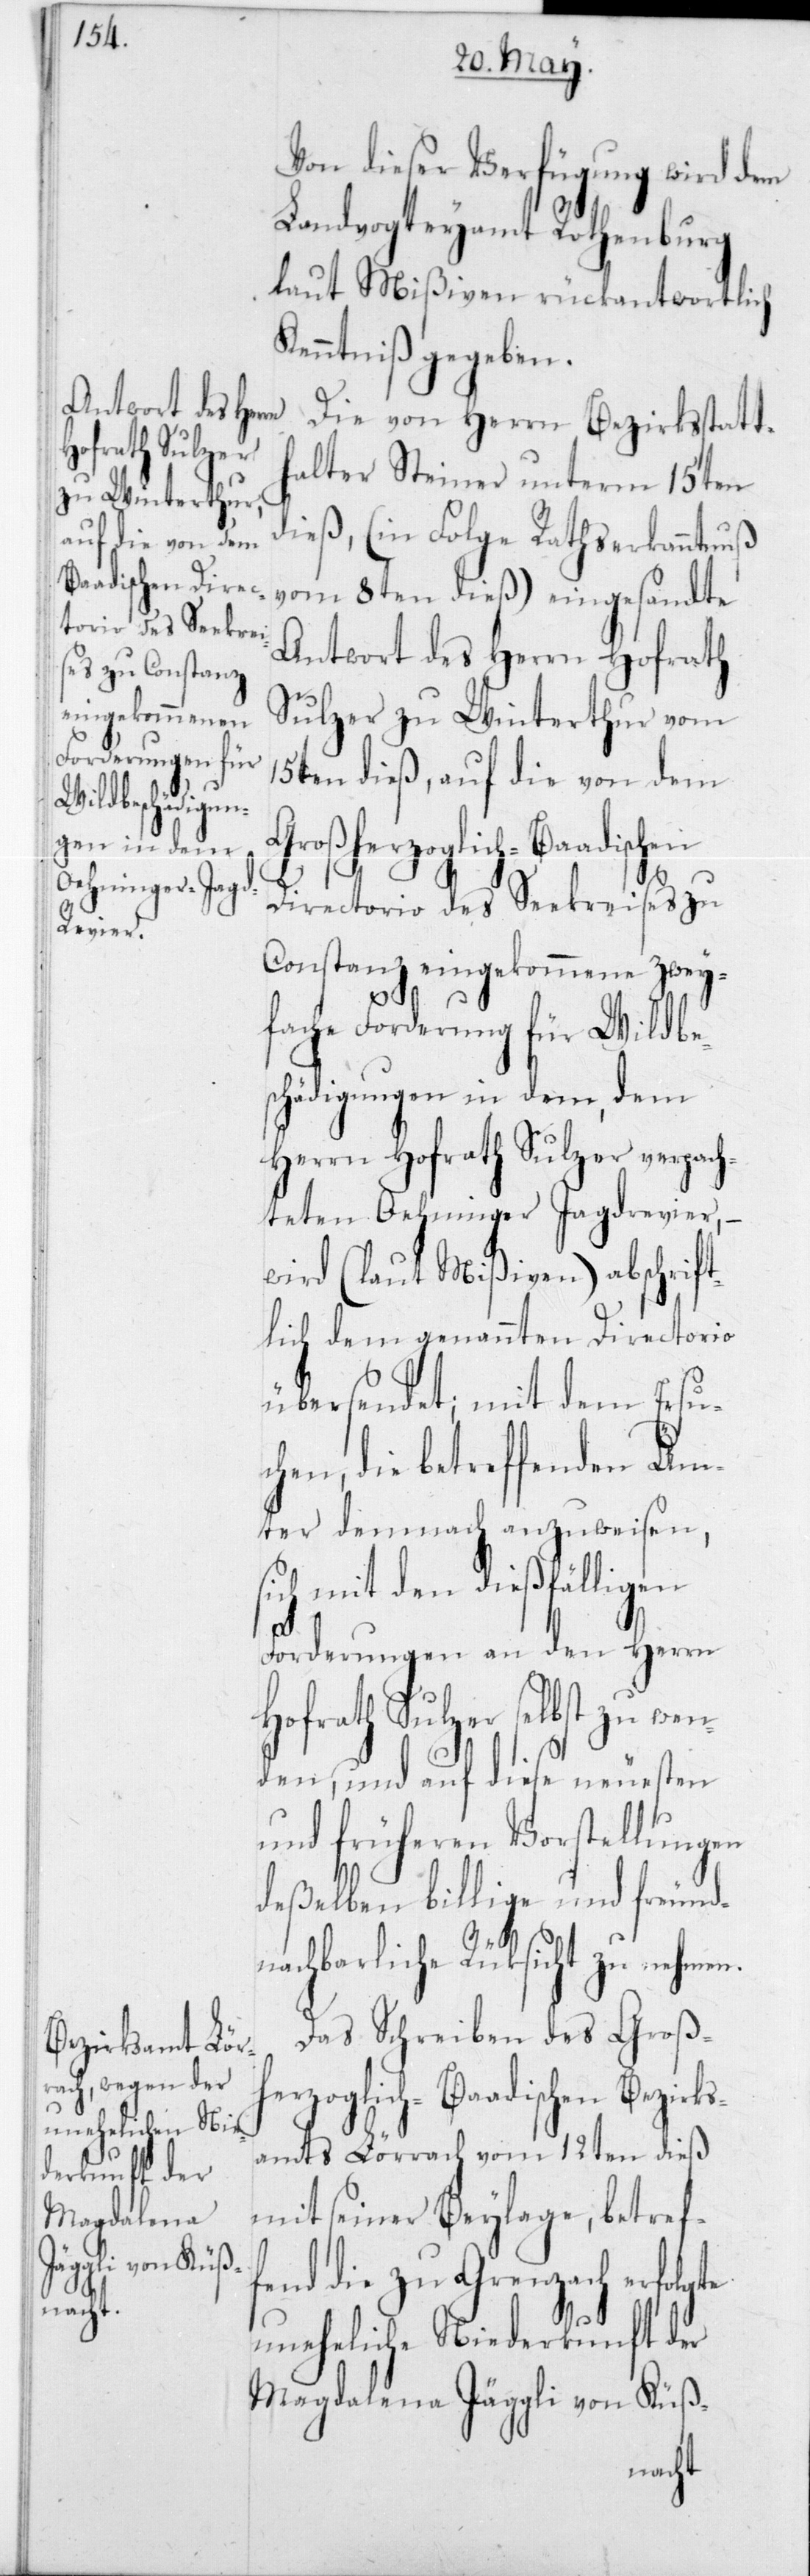
Von dieser Verfügung wird dem
Landvogteyamt Rothenburg
laut Mißiven rückantwortlich
Kenntniß gegeben.
Die von Herrn Bezirksstatt¬
halter Steiner unterm 15ten
dieß (in Folge Rathserkanntnuß
vom 8ten dieß) eingesandte
Antwort des Herrn Hofrath
Sulzer zu Winterthur vom
15ten dieß, auf die von dem
Großherzoglich-Baadischen
Directorio des Seekreises zu
Constanz eingekommene zwey¬
fache Forderung für Wildbe¬
schädigungen in dem, dem
Herrn Hofrath Sulzer verpach¬
teten Oehninger Jagdrevier, –
wird (laut Mißiven) abschrif¬
tlich dem genannten Directorio
übersendet; mit dem Ersuc¬
hen, die betreffenden Äm¬
ter demnach anzuweisen,
sich mit den dießfälligen
Forderungen an den Herrn
Hofrath Sulzer selbst zu wen¬
den, und auf diese neuesten
und früheren Vorstellungen
deßelben billige und freund¬
nachbarliche Rücksicht zu nehmen.
Das Schreiben des Groß¬
herzoglich-Baadischen Bezirks¬
amts Lörrach vom 12ten dieß
mit seiner Beylage, betref¬
fend die zu Grenzach erfolgte
uneheliche Niederkunft der
Magdalena Jäggli von Küß-